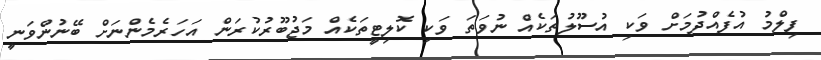
ފިލްމު އުފެއްދުމަށް ވަކި އުސޫލުތަކެއް ނުވަތަ ވަކި ކޮލިޓީތަކެއް މަޖުބޫރުކުރަން އަހަރެމެންނަށް ބޭނުންވަނީ